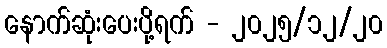
နောက်ဆုံးပေးပို့ရက် - ၂၀၂၅/၁၂/၂၀